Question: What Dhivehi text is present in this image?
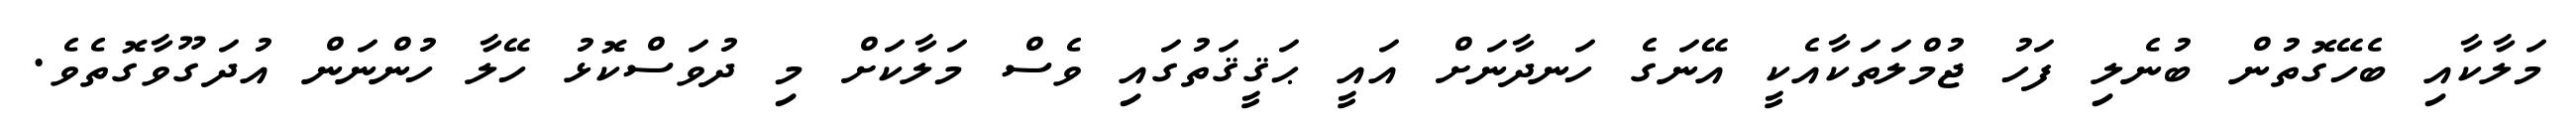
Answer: މަލާކާއި ބެހޭގޮތުން ބުނެލި ފަހު ޖުމްލަތަކާއެކީ އޭނަގެ ހަނދާނަށް އައީ ޙަޤީޤަތުގައި ވެސް މަލާކަށް މި ދުވަސްކޮޅު ހޭލާ ހުންނަން އުދަގޫވާގޮތެވެ.